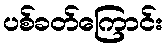
ပစ်ခတ်ကြောင်း